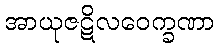
အာယုဇဋိလဝေက္ခဏာ